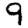
Digit: 9